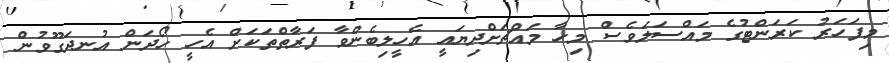
މިފަހަރު ކަރަންޓުގެ މައްސަލަވެސް މިހާ މައްޗަށްދިޔައީ އެހީލިބެންވާ ފަރާތްތަކަށް އެހީ ހޯދަން އުނދަގޫވުން